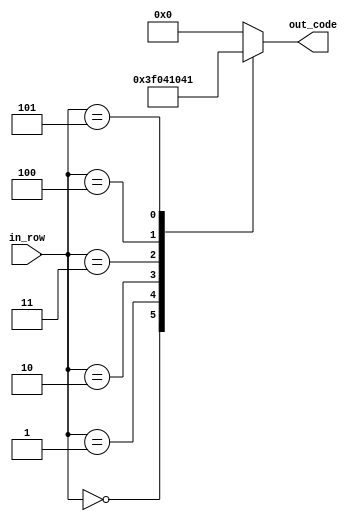
module num_7(
    input [2:0] in_row,
    output reg [4:0] out_code
    );

parameter [4:0] d_0 = 5'b11111; // XXXXX
parameter [4:0] d_1 = 5'b10000; // X   
parameter [4:0] d_2 = 5'b01000; //  X   
parameter [4:0] d_3 = 5'b00100; //   X  
parameter [4:0] d_4 = 5'b00010; //    X 
parameter [4:0] d_5 = 5'b00001; //     X


always @ *
begin
	case (in_row)
		3'b000:
			out_code = d_0;
		3'b001:
			out_code = d_1;
		3'b010:
			out_code = d_2;
		3'b011:
			out_code = d_3;
		3'b100:
			out_code = d_4;
		3'b101:
			out_code = d_5;
		default:
			out_code = 5'b0;
	endcase
end


endmodule